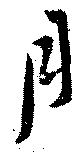
月